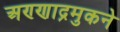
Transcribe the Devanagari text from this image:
अण्णाद्रमुकने